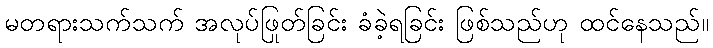
မတရားသက်သက် အလုပ်ဖြုတ်ခြင်း ခံခဲ့ရခြင်း ဖြစ်သည်ဟု ထင်နေသည်။